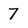
Character: 7